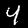
Label: 4